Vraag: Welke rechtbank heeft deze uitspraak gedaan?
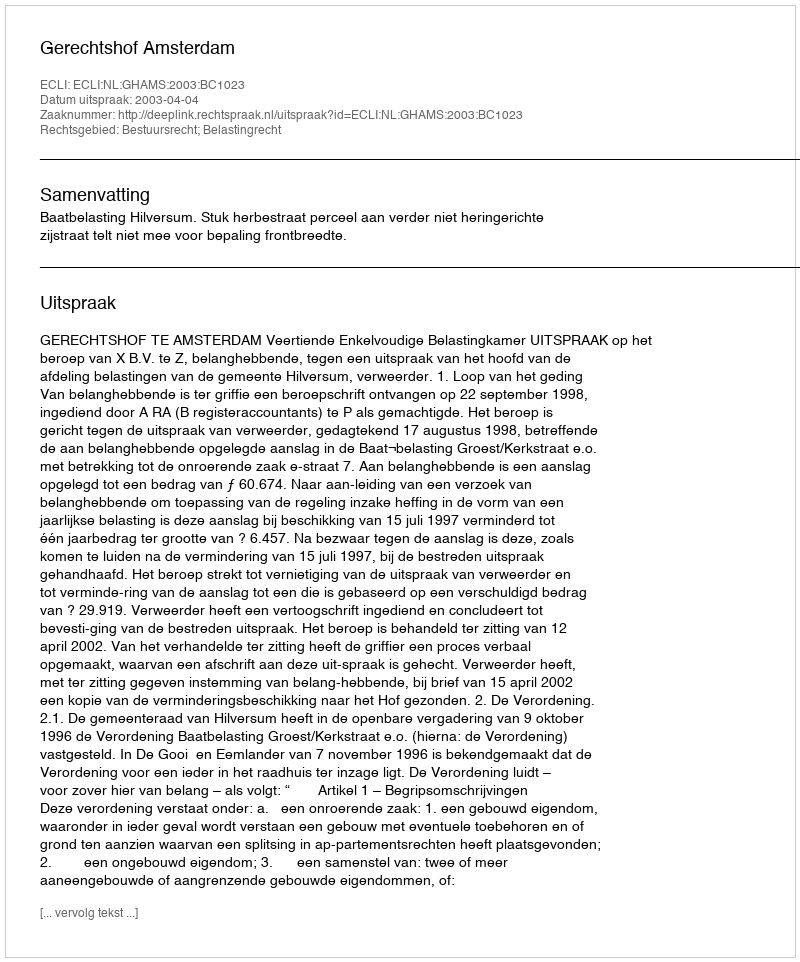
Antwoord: Gerechtshof Amsterdam